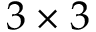
3 \times 3